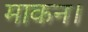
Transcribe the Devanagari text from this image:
माकन।